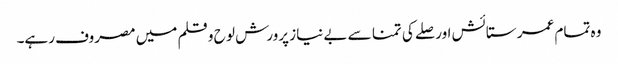
وہ تمام عمر ستائش اور صلے کی تمنا سے بے نیاز پرورش لو ح و قلم میں مصروف رہے۔